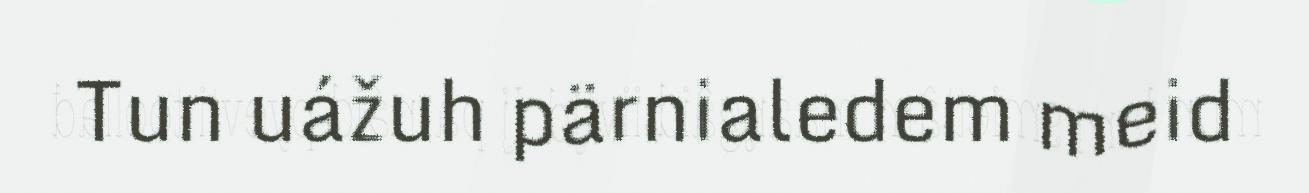
Tun uážuh pärnialedem meid